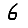
Digit: 6